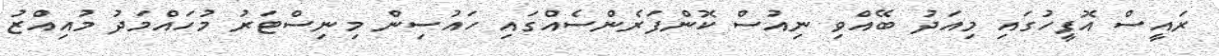
ރައީސް އޮފީހުގައި މިއަދު ބޭއްވި ނިއުސް ކޮންފަރެންސެއްގައި ހައުސިން މިނިސްޓަރު މުހައްމަދު މުއިއްޒު